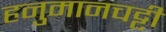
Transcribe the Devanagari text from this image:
हनुमानचट्टी